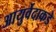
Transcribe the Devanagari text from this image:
आयुर्वेदाकडे